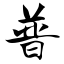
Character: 普